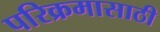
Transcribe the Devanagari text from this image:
परिक्रमासाठी